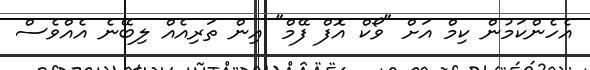
އެހެންކަމުން ކިމް އަށް "ވޯކް އޮފް ފޭމް" އިން ތަރިއެއް ލިބޭނެ އެއްވެސް